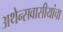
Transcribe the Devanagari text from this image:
अथेन्सवासीयांचा